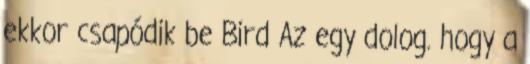
ekkor csapódik be Bird Az egy dolog. hogy a